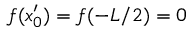
f ( x _ { 0 } ^ { \prime } ) = f ( - L / 2 ) = 0